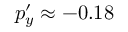
p _ { y } ^ { \prime } \approx - 0 . 1 8